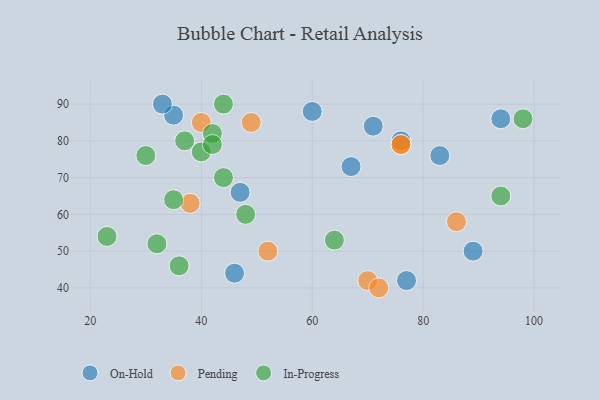
{"axis": {"x": "GDP", "y": "Life Expectancy"}, "legend": ["In-Progress", "On-Hold", "Pending"], "data": [{"x": "94", "y": 86, "type": "On-Hold"}, {"x": "76", "y": 80, "type": "On-Hold"}, {"x": "71", "y": 84, "type": "On-Hold"}, {"x": "83", "y": 76, "type": "On-Hold"}, {"x": "67", "y": 73, "type": "On-Hold"}, {"x": "89", "y": 50, "type": "On-Hold"}, {"x": "60", "y": 88, "type": "On-Hold"}, {"x": "35", "y": 87, "type": "On-Hold"}, {"x": "46", "y": 44, "type": "On-Hold"}, {"x": "77", "y": 42, "type": "On-Hold"}, {"x": "47", "y": 66, "type": "On-Hold"}, {"x": "33", "y": 90, "type": "On-Hold"}, {"x": "76", "y": 79, "type": "Pending"}, {"x": "76", "y": 79, "type": "Pending"}, {"x": "70", "y": 42, "type": "Pending"}, {"x": "52", "y": 50, "type": "Pending"}, {"x": "86", "y": 58, "type": "Pending"}, {"x": "38", "y": 63, "type": "Pending"}, {"x": "40", "y": 85, "type": "Pending"}, {"x": "49", "y": 85, "type": "Pending"}, {"x": "72", "y": 40, "type": "Pending"}, {"x": "42", "y": 82, "type": "In-Progress"}, {"x": "44", "y": 70, "type": "In-Progress"}, {"x": "37", "y": 80, "type": "In-Progress"}, {"x": "32", "y": 52, "type": "In-Progress"}, {"x": "36", "y": 46, "type": "In-Progress"}, {"x": "98", "y": 86, "type": "In-Progress"}, {"x": "40", "y": 77, "type": "In-Progress"}, {"x": "64", "y": 53, "type": "In-Progress"}, {"x": "42", "y": 79, "type": "In-Progress"}, {"x": "94", "y": 65, "type": "In-Progress"}, {"x": "30", "y": 76, "type": "In-Progress"}, {"x": "48", "y": 60, "type": "In-Progress"}, {"x": "44", "y": 90, "type": "In-Progress"}, {"x": "23", "y": 54, "type": "In-Progress"}, {"x": "35", "y": 64, "type": "In-Progress"}]}